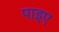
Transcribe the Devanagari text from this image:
पाइए